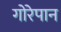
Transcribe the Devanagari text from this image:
गोरेपान